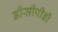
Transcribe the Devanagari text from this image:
डीसीपीडी